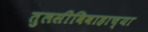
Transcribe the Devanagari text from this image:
तुलसीविवाहाच्या